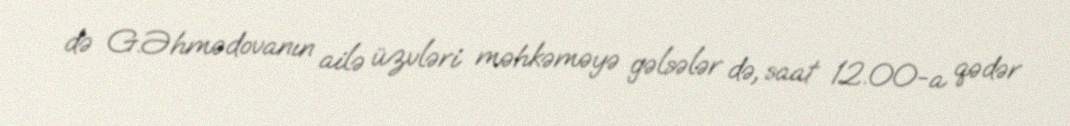
də G.Əhmədovanın ailə üzvləri məhkəməyə gəlsələr də, saat 12.00-a qədər